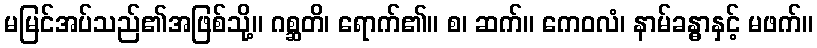
မမြင်အပ်သည်၏အဖြစ်သို့။ ဂစ္ဆတိ၊ ရောက်၏။ စ၊ ဆက်။ ကေဝလံ၊ နာမ်ခန္ဓာနှင့် မဖက်။